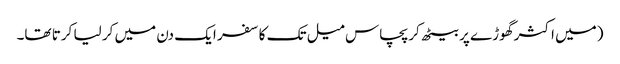
(میں اکثر گھوڑے پر بیٹھ کر پچاس میل تک کا سفر ایک دن میں کر لیا کرتا تھا۔